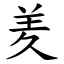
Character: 羑